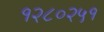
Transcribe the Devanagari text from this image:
१२८०२५१